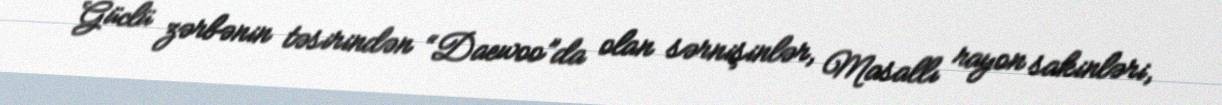
Güclü zərbənin təsirindən “Daewoo”da olan sərnişinlər, Masallı rayon sakinləri,